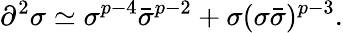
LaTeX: \partial^{2}\sigma\simeq\sigma^{p-4}\bar{\sigma}^{p-2}+\sigma(\sigma\bar{\sigma})^{p-3}.